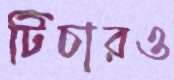
টিচারও